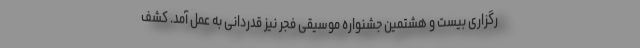
رگزاری بیست و هشتمین جشنواره موسیقی فجر نیز قدردانی به عمل آمد. کشف